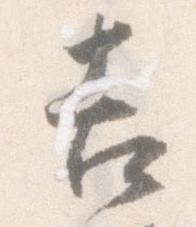
吉